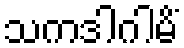
သကဒါဂါမိံ